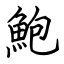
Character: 鮑